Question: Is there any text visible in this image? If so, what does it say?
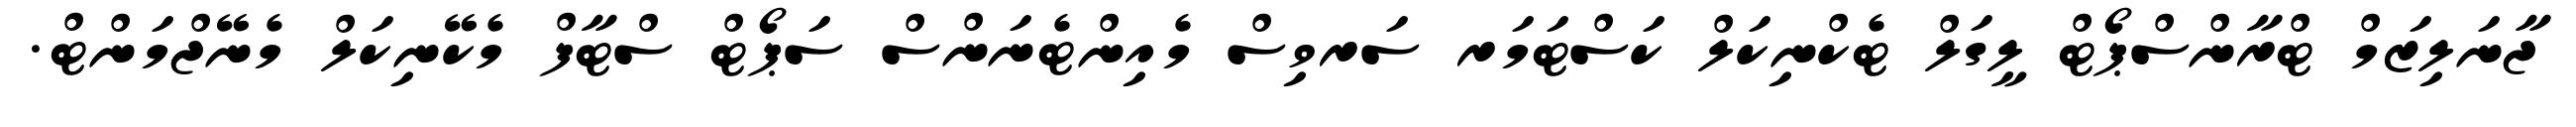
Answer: ޖާނަލިޒަމް ޓްރާންސްޕޯޓް ލީގަލް ޓެކްނިކަލް ކަސްޓަމަރ ސަރވިސް މެއިންޓެނަންސް ސަޕޯޓް ސްޓާފް މެކޭނިކަލް މެނޭޖްމަންޓް.